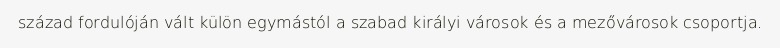
század fordulóján vált külön egymástól a szabad királyi városok és a mezővárosok csoportja.